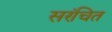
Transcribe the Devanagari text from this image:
सरंचित